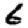
Digit: 6